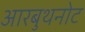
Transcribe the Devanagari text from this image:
आरबुथनोट